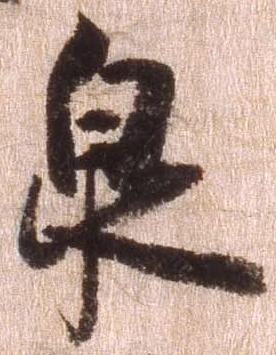
泉